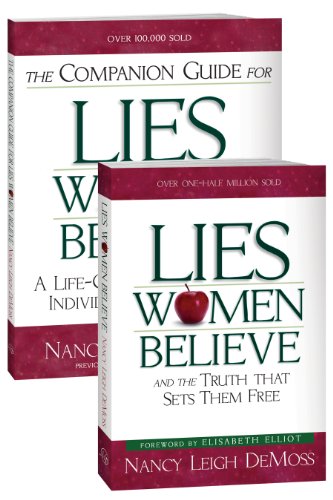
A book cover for Lies Women Believe/Companion Guide for Lies Women Believe- 2 book set; Nancy Leigh DeMoss; Christian Books & Bibles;